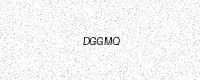
Text: DGGMQ